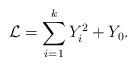
LaTeX: \begin{align*}\mathcal{L} = \sum_{i=1}^k Y_i^2 + Y_0.\end{align*}